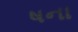
ષના